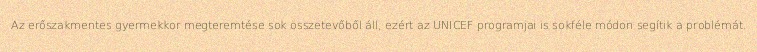
Az erőszakmentes gyermekkor megteremtése sok összetevőből áll, ezért az UNICEF programjai is sokféle módon segítik a problémát.